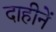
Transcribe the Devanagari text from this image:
दाहीनें